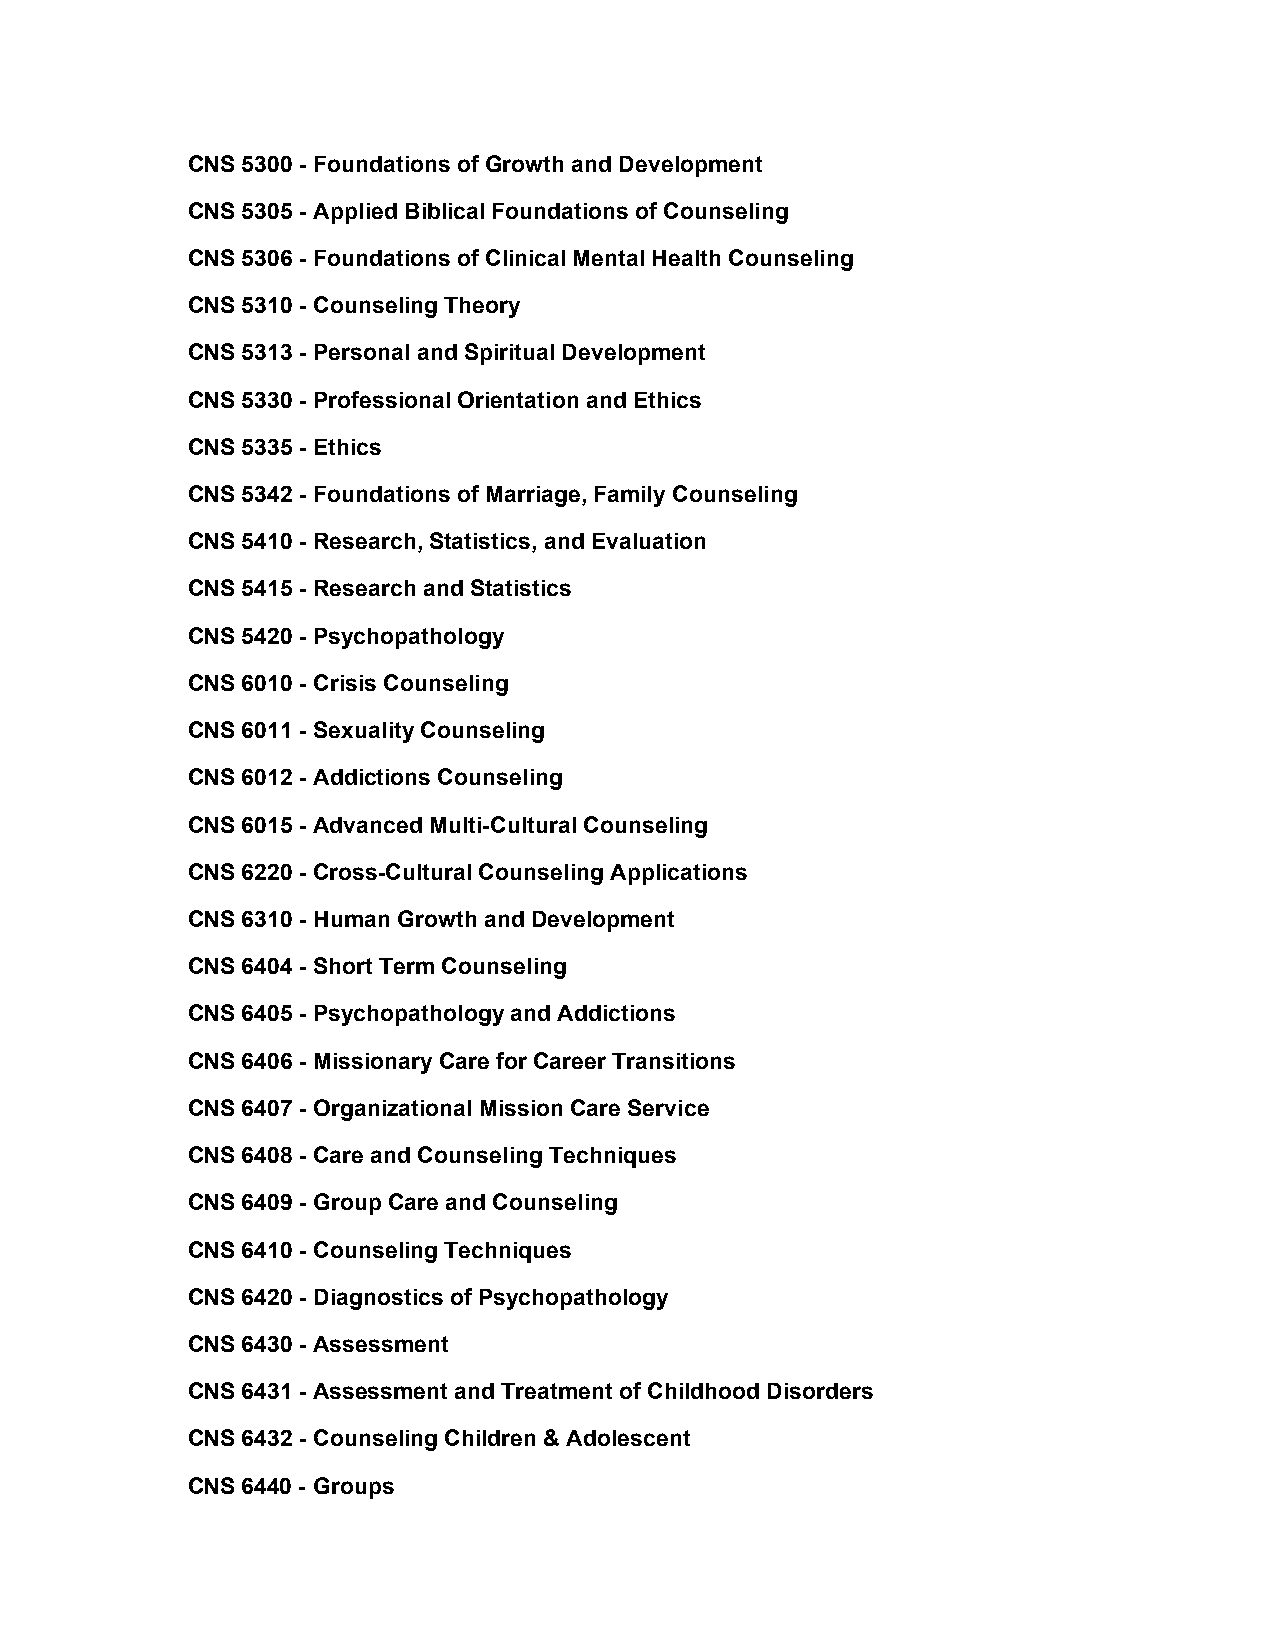
CNS 5300 - Foundations of Growth and Development
 CNS 5305 - Applied Biblical Foundations of Counseling
 CNS 5306 - Foundations of Clinical Mental Health Counseling
 CNS 5310 - Counseling Theory
 CNS 5313 - Personal and Spiritual Development
 CNS 5330 - Professional Orientation and Ethics
 CNS 5335 - Ethics
 CNS 5342 - Foundations of Marriage, Family Counseling
 CNS 5410 - Research, Statistics, and Evaluation
 CNS 5415 - Research and Statistics
 CNS 5420 - Psychopathology
 CNS 6010 - Crisis Counseling
 CNS 6011 - Sexuality Counseling
 CNS 6012 - Addictions Counseling
 CNS 6015 - Advanced Multi-Cultural Counseling
 CNS 6220 - Cross-Cultural Counseling Applications
 CNS 6310 - Human Growth and Development
 CNS 6404 - Short Term Counseling
 CNS 6405 - Psychopathology and Addictions
 CNS 6406 - Missionary Care for Career Transitions
 CNS 6407 - Organizational Mission Care Service
 CNS 6408 - Care and Counseling Techniques
 CNS 6409 - Group Care and Counseling
 CNS 6410 - Counseling Techniques
 CNS 6420 - Diagnostics of Psychopathology
 CNS 6430 - Assessment
 CNS 6431 - Assessment and Treatment of Childhood Disorders
 CNS 6432 - Counseling Children & Adolescent
 CNS 6440 - Groups